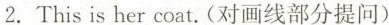
2. This is \underline{her} coat. (对画线部分提问)